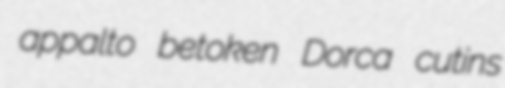
appalto betoken Dorca cutins